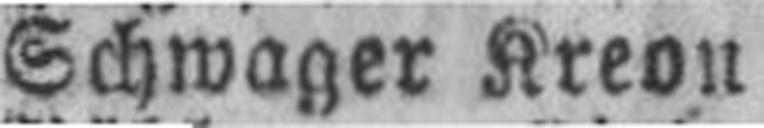
Schwager Kreon